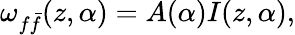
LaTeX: \omega_{f\bar{f}}(z,\alpha)=A(\alpha)I(z,\alpha),